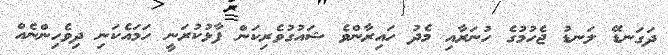
ދަގަނޑޭ ލަނޑު ޖެހުމުގެ ހުނަރާއި މެދު ހައިރާންވެ ޝައުގުވެރިކަން ފާޅުކުރަނީ ހަމައެކަނި ދިވެހިންނެއް